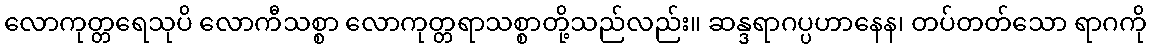
လောကုတ္တရေသုပိ လောကီသစ္စာ လောကုတ္တရာသစ္စာတို့သည်လည်း။ ဆန္ဒရာဂပ္ပဟာနေန၊ တပ်တတ်သော ရာဂကို